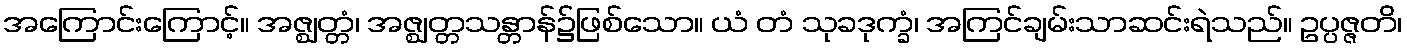
အကြောင်းကြောင့်။ အဇ္ဈတ္တံ၊ အဇ္ဈတ္တသန္တာန်၌ဖြစ်သော။ ယံ တံ သုခဒုက္ခံ၊ အကြင်ချမ်းသာဆင်းရဲသည်။ ဥပ္ပဇ္ဇတိ၊